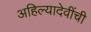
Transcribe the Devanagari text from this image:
अहिल्यादेवींची